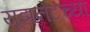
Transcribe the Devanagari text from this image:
यूझनेटच्या